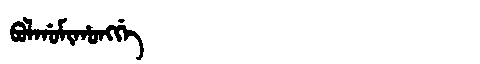
Manchu: ᠪᠣᠯᡤᠣᠮᡳᡥᠣᠩᡤᡝ
Romanization: BOLGOMIHONGGE